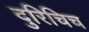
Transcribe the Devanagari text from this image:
दुरिचिच